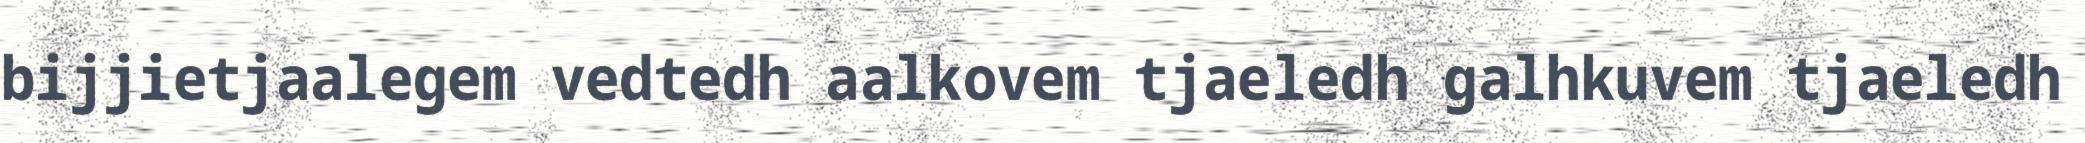
bijjietjaalegem vedtedh aalkovem tjaeledh galhkuvem tjaeledh